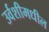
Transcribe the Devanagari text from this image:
उर्वशीमधील